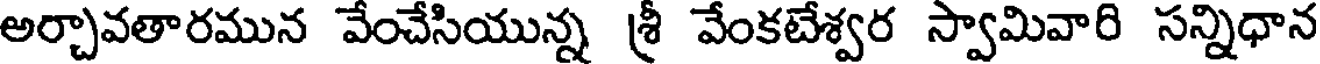
అర్చావతారమున వేంచేసియున్న శ్రీ వేంకటేశ్వర స్వామివారి సన్నిధాన